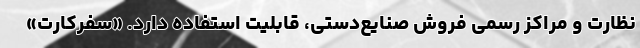
نظارت و مراکز رسمی فروش صنایع‌دستی، قابلیت استفاده دارد. «سفرکارت»